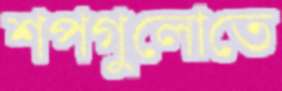
শপগুলোতে